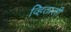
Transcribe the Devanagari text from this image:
व्हिताली